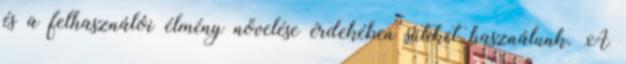
és a felhasználói élmény növelése érdekében sütiket használunk. A